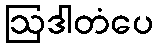
ဩဒါတံပေ